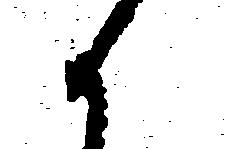
候